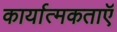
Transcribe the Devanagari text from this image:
कार्यात्मकताऍ